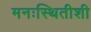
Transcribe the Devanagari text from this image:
मनःस्थितीशी